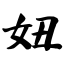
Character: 妞